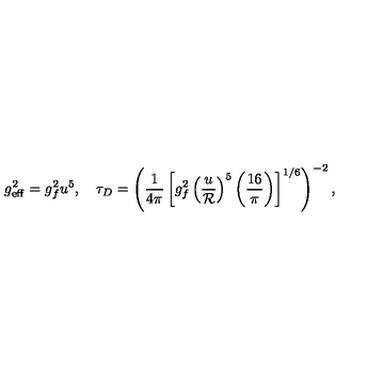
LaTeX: g _ { \mathrm { e f f } } ^ { 2 } = g _ { f } ^ { 2 } u ^ { 5 } , \quad \tau _ { D } = \left( { \frac { 1 } { 4 \pi } } \left[ g _ { f } ^ { 2 } \left( { \frac { u } { \cal R } } \right) ^ { 5 } \left( { \frac { 1 6 } { \pi } } \right) \right] ^ { 1 / 6 } \right) ^ { - 2 } ,